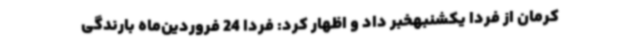
کرمان از فردا یکشنبهخبر داد و اظهار کرد: فردا 24 فروردین‌ماه بارندگی